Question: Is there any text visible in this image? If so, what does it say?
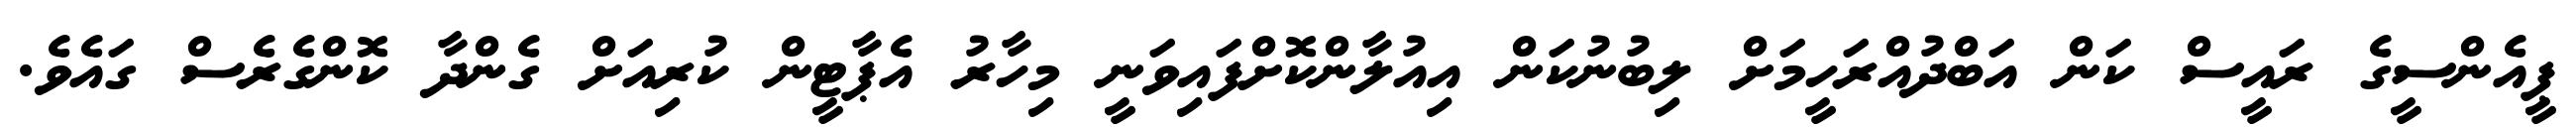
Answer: ޕީއެންސީގެ ރައީސް ކަން އަބްދުއްރަހީމަށް ލިބުނުކަން އިއުލާންކޮށްފައިވަނީ މިހާރު އެޕާޓީން ކުރިއަށް ގެންދާ ކޮންގެރެސް ގައެވެ.